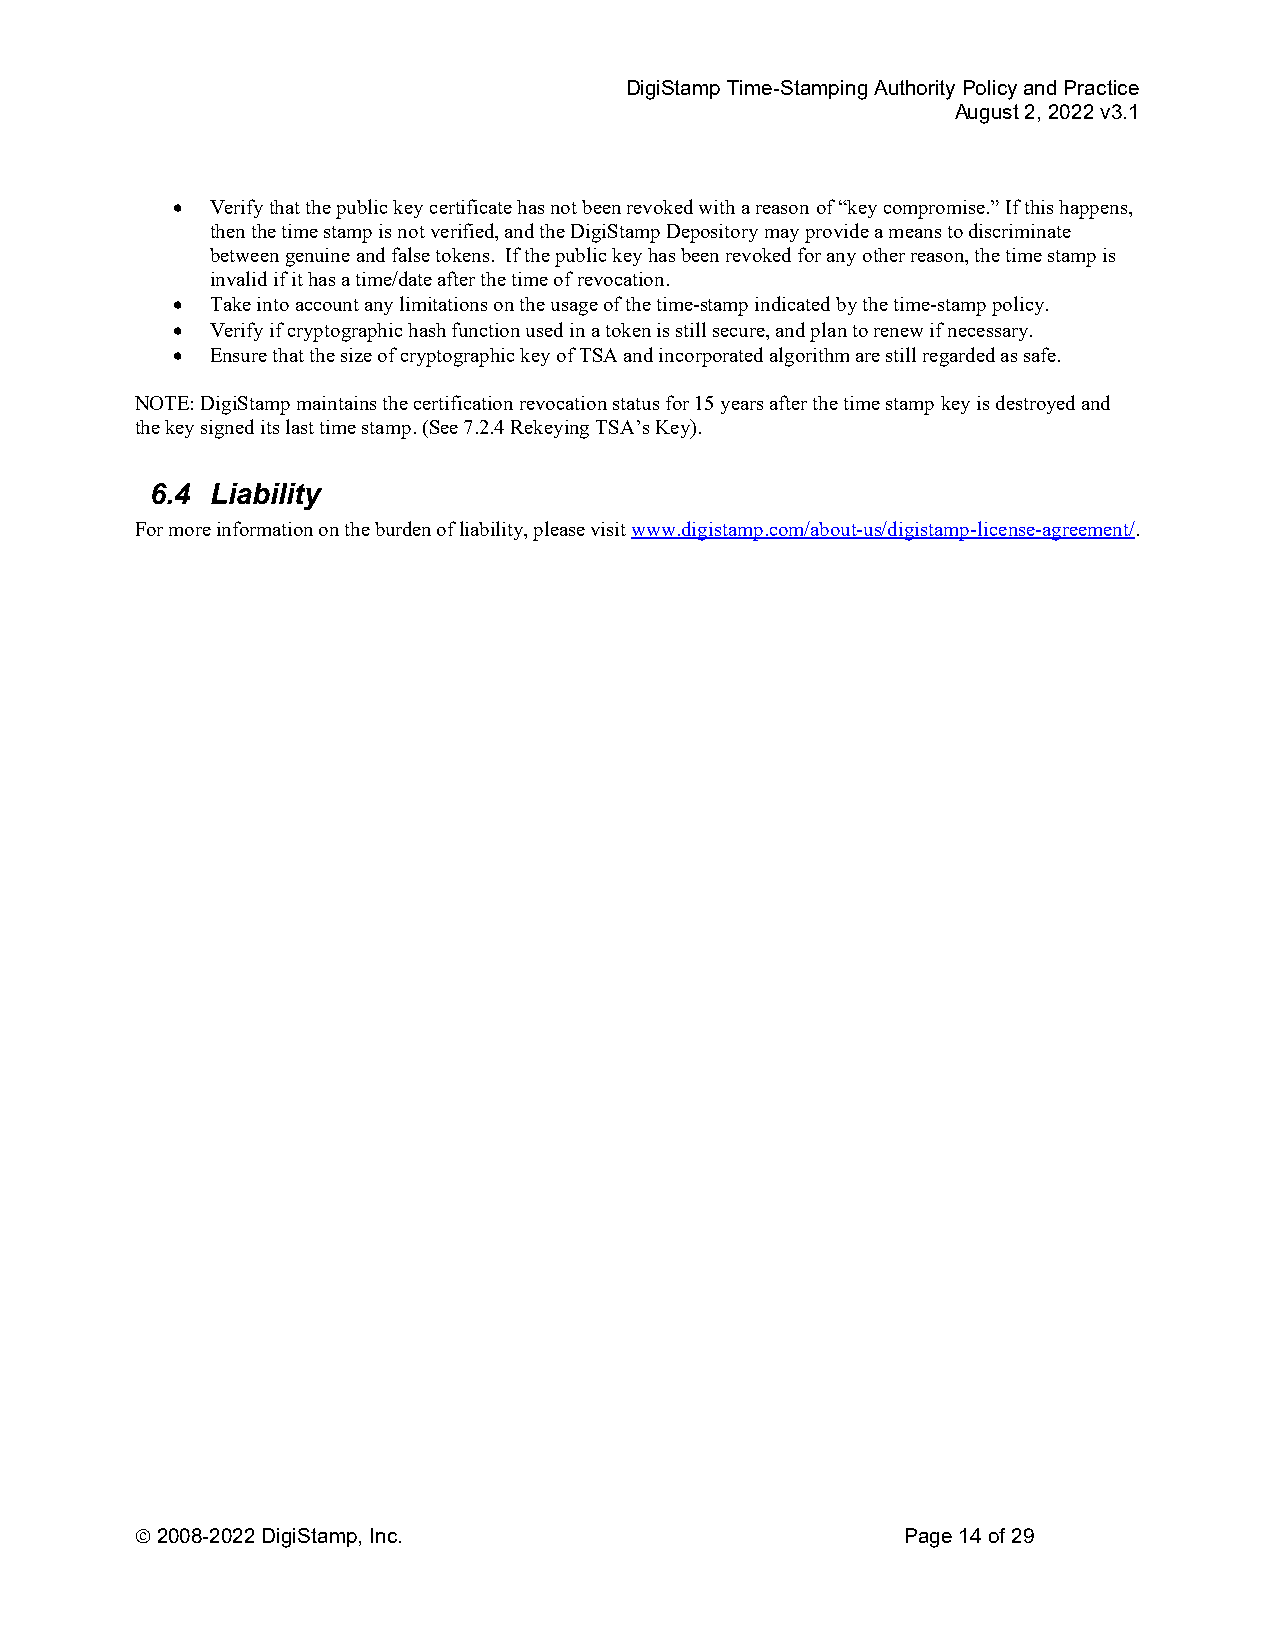
DigiStamp Time-Stamping Authority Policy and Practice
 August 2, 2022 v3.1
   Verify that the public key certificate has not been revoked with a reason of “key compromise.” If this happens,
 then the time stamp is not verified, and the DigiStamp Depository may provide a means to discriminate
 between genuine and false tokens. If the public key has been revoked for any other reason, the time stamp is
 invalid if it has a time/date after the time of revocation.
   Take into account any limitations on the usage of the time-stamp indicated by the time-stamp policy.
   Verify if cryptographic hash function used in a token is still secure, and plan to renew if necessary.
   Ensure that the size of cryptographic key of TSA and incorporated algorithm are still regarded as safe.
 NOTE: DigiStamp maintains the certification revocation status for 15 years after the time stamp key is destroyed and
 the key signed its last time stamp. (See 7.2.4 Rekeying TSA’s Key).
 6.4 Liability
 For more information on the burden of liability, please visit www.digistamp.com/about-us/digistamp-license-agreement/.
  2008-2022 DigiStamp, Inc.                        Page 14 of 29